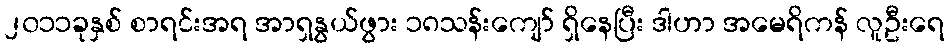
၂၀၁၁ခုနှစ် စာရင်းအရ အာရှနွယ်ဖွား ၁၈သန်းကျော် ရှိနေပြီး ဒါဟာ အမေရိကန် လူဦးရေ